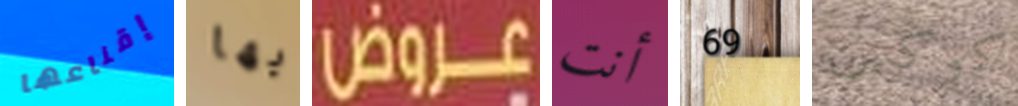
إقناعها بها عروض أنت 69 كوكس